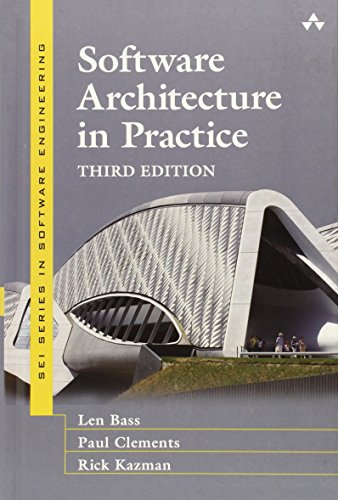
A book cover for Software Architecture in Practice (3rd Edition) (SEI Series in Software Engineering); Len Bass; Computers & Technology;